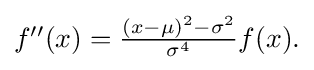
{\textstyle f''(x)={\frac {(x-\mu )^{2}-\sigma ^{2}}{\sigma ^{4}}}f(x).}